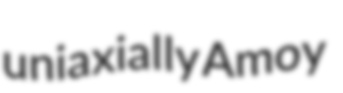
uniaxially Amoy